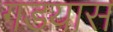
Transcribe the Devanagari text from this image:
गडयास